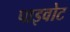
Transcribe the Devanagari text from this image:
पाइवोट